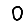
Digit: 0